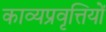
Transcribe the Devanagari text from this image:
काव्यप्रवृत्तियों